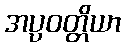
အပ္ပဝတ္တိယာ